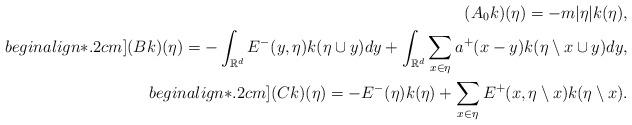
LaTeX: \begin{align*}(A_0 k)(\eta) = - m |\eta| k(\eta),\\begin{align*}.2cm](B k)(\eta) = - \int_{\mathbb{R}^d} E^{-} (y,\eta) k(\eta\cup y) dy + \int_{\mathbb{R}^d} \sum_{x\in \eta} a^{+} (x - y) k(\eta \setminus x \cup y) d y, \\begin{align*}.2cm](C k)(\eta) = - E^{-}(\eta) k(\eta) + \sum_{x\in \eta} E^{+} (x, \eta \setminus x) k(\eta \setminus x). \end{align*}